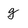
Character: g